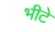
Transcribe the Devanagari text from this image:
भीटे